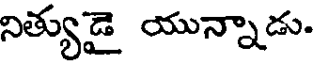
నిత్యుడై యున్నాడు.